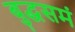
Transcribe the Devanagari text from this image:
बुद्धसमं